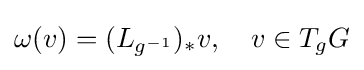
\omega (v)=(L_{g^{-1}})_{*}v,\quad v\in T_{g}G